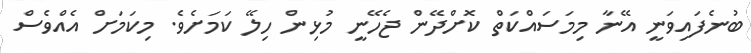
ބުނެފައިވަނީ އޭނާ މިމަސައްކަތް ކޮށްދޭން ޖެހޭނީ މުޅިން ހިލޭ ކަމަށެވެ. މިކަމަށް އެއްވެސް